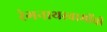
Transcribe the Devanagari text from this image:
रंगनाथस्वामींची